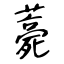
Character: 薧